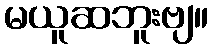
မယူဆဘူးဗျ။